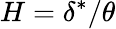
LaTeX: H=\delta^{*}/\theta